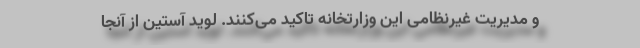
و مدیریت غیرنظامی این وزارتخانه تاکید می‌کنند. لوید آستین از آنجا